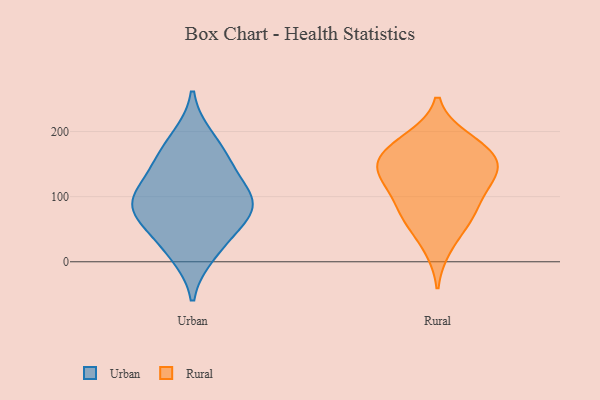
{"axis": {"x": "Net Income (USD K)", "y": "Value"}, "legend": ["Rural", "Urban"], "data": [{"x": "", "y": 146, "type": "Urban"}, {"x": "", "y": 35, "type": "Urban"}, {"x": "", "y": 107, "type": "Urban"}, {"x": "", "y": 82, "type": "Urban"}, {"x": "", "y": 13, "type": "Urban"}, {"x": "", "y": 89, "type": "Urban"}, {"x": "", "y": 89, "type": "Urban"}, {"x": "", "y": 73, "type": "Urban"}, {"x": "", "y": 157, "type": "Urban"}, {"x": "", "y": 189, "type": "Urban"}, {"x": "", "y": 151, "type": "Rural"}, {"x": "", "y": 64, "type": "Rural"}, {"x": "", "y": 170, "type": "Rural"}, {"x": "", "y": 152, "type": "Rural"}, {"x": "", "y": 109, "type": "Rural"}, {"x": "", "y": 146, "type": "Rural"}, {"x": "", "y": 69, "type": "Rural"}, {"x": "", "y": 189, "type": "Rural"}, {"x": "", "y": 134, "type": "Rural"}, {"x": "", "y": 190, "type": "Rural"}, {"x": "", "y": 159, "type": "Rural"}, {"x": "", "y": 21, "type": "Rural"}, {"x": "", "y": 68, "type": "Rural"}, {"x": "", "y": 121, "type": "Rural"}, {"x": "", "y": 102, "type": "Rural"}]}